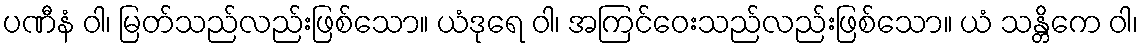
ပဏီနံ ဝါ၊ မြတ်သည်လည်းဖြစ်သော။ ယံဒုရေ ဝါ၊ အကြင်ဝေးသည်လည်းဖြစ်သော။ ယံ သန္တိကေ ဝါ၊